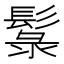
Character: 䰁